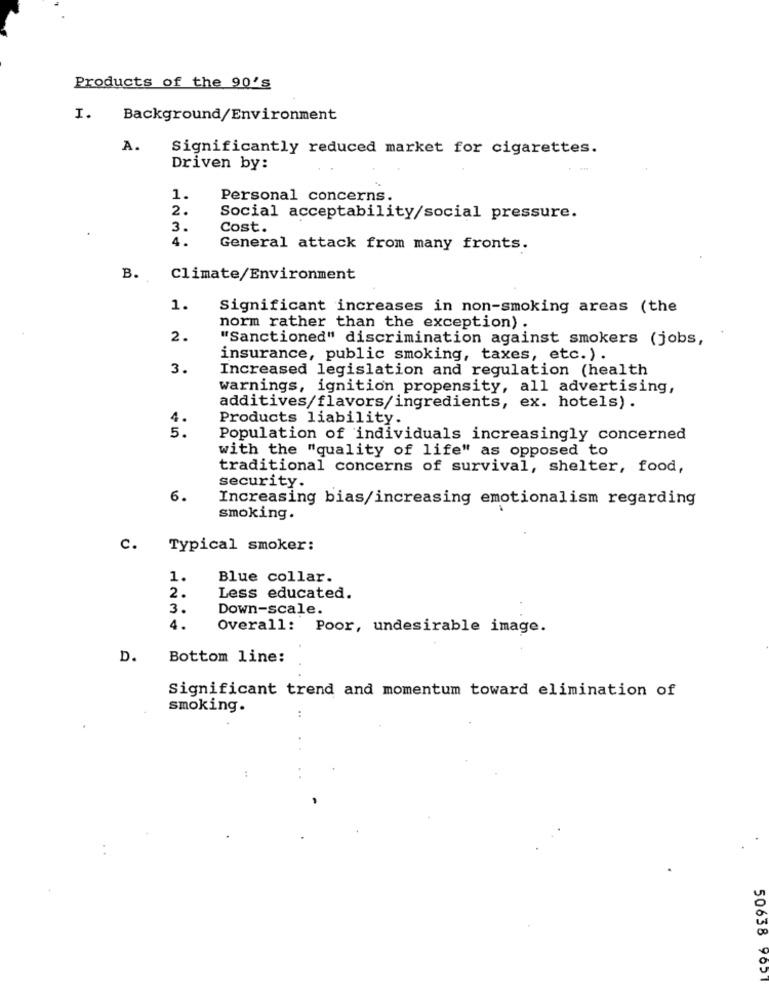
Products of the 90's
I.
Background/Environment
A.
Significantly reduced market for cigarettes.
Driven by:
1.
Personal concerns.
2.
Social acceptability/social pressure.
3.
Cost.
4.
General attack from many fronts.
B.
Climate/Environment
1.
Significant increases in non-smoking areas (the
norm rather than the exception) .
2.
"Sanctioned" discrimination against smokers (jobs,
insurance, public smoking, taxes, etc.) .
3.
Increased legislation and regulation (health
warnings, ignition propensity, all advertising,
additives/flavors/ingredients, ex. hotels) .
4.
Products liability.
5.
Population of individuals increasingly concerned
with the "quality of life" as opposed to
traditional concerns of survival, shelter, food,
security.
6.
Increasing bias/increasing emotionalism regarding
smoking.
c.
Typical smoker:
1.
Blue collar.
2.
Less educated.
3.
Down-scale.
4.
Overall: Poor, undesirable image.
D.
Bottom line:
Significant trend and momentum toward elimination of
smoking.
..
50638 9051